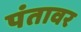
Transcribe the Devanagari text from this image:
पंतावर